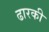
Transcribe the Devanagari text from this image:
ढारकी